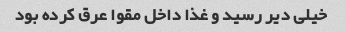
خیلی دیر رسید و غذا داخل مقوا عرق کرده بود